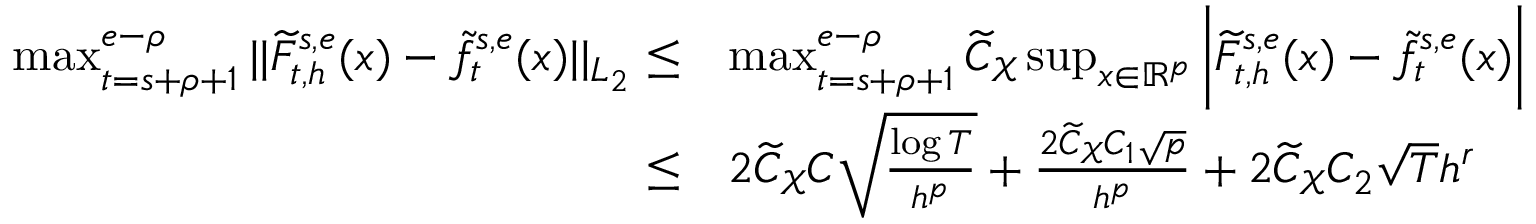
\begin{array} { r l } { \operatorname* { m a x } _ { t = s + \rho + 1 } ^ { e - \rho } \vert \vert \widetilde F _ { t , h } ^ { s , e } ( x ) - \widetilde f _ { t } ^ { s , e } ( x ) \vert \vert _ { L _ { 2 } } \le } & { \operatorname* { m a x } _ { t = s + \rho + 1 } ^ { e - \rho } \widetilde { C } _ { \mathcal { X } } \operatorname* { s u p } _ { x \in \mathbb { R } ^ { p } } \bigg | \widetilde F _ { t , h } ^ { s , e } ( x ) - \widetilde f _ { t } ^ { s , e } ( x ) \bigg | } \\ { \le } & { 2 \widetilde { C } _ { \mathcal { X } } C \sqrt { \frac { \log T } { h ^ { p } } } + \frac { 2 \widetilde { C } _ { \mathcal { X } } C _ { 1 } \sqrt { p } } { h ^ { p } } + 2 \widetilde { C } _ { \mathcal { X } } C _ { 2 } \sqrt { T } h ^ { r } } \end{array}